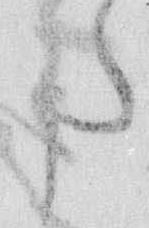
た